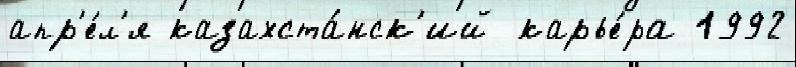
апр'е́л'я казахста́нск'ий карье́ра 1992